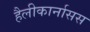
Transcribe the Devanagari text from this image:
हैलीकार्नासस